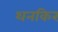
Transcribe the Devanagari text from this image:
थनकिर